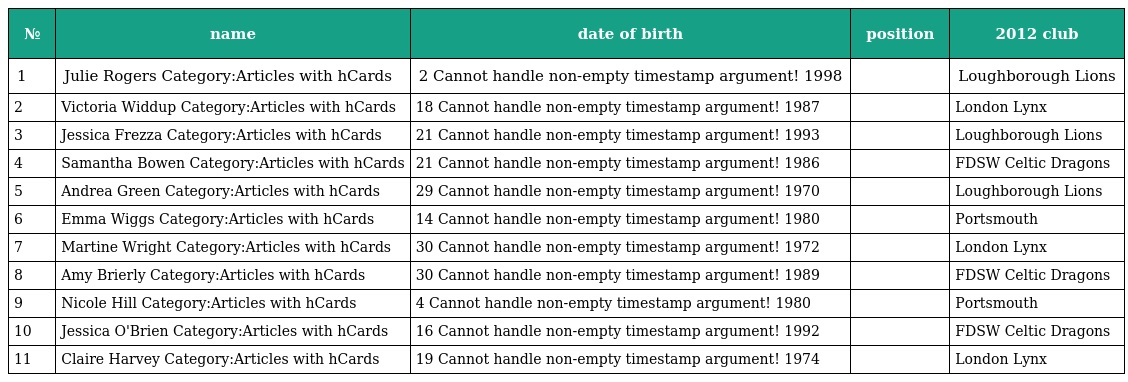
| № | name | date of birth | position | 2012 club |
 | --- | --- | --- | --- | --- |
 | 1 | Julie Rogers Category:Articles with hCards | 2 Cannot handle non-empty timestamp argument! 1998 |  | Loughborough Lions |
 | 2 | Victoria Widdup Category:Articles with hCards | 18 Cannot handle non-empty timestamp argument! 1987 |  | London Lynx |
 | 3 | Jessica Frezza Category:Articles with hCards | 21 Cannot handle non-empty timestamp argument! 1993 |  | Loughborough Lions |
 | 4 | Samantha Bowen Category:Articles with hCards | 21 Cannot handle non-empty timestamp argument! 1986 |  | FDSW Celtic Dragons |
 | 5 | Andrea Green Category:Articles with hCards | 29 Cannot handle non-empty timestamp argument! 1970 |  | Loughborough Lions |
 | 6 | Emma Wiggs Category:Articles with hCards | 14 Cannot handle non-empty timestamp argument! 1980 |  | Portsmouth |
 | 7 | Martine Wright Category:Articles with hCards | 30 Cannot handle non-empty timestamp argument! 1972 |  | London Lynx |
 | 8 | Amy Brierly Category:Articles with hCards | 30 Cannot handle non-empty timestamp argument! 1989 |  | FDSW Celtic Dragons |
 | 9 | Nicole Hill Category:Articles with hCards | 4 Cannot handle non-empty timestamp argument! 1980 |  | Portsmouth |
 | 10 | Jessica O'Brien Category:Articles with hCards | 16 Cannot handle non-empty timestamp argument! 1992 |  | FDSW Celtic Dragons |
 | 11 | Claire Harvey Category:Articles with hCards | 19 Cannot handle non-empty timestamp argument! 1974 |  | London Lynx |